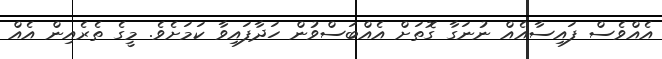
އެއްވެސް ފައިސާއެއް ނުނަގާ ގޮތަށް އެއްބަސްވުން ހަދާފައިވާ ކަމަށެވެ. މީގެ ތެރެއިން އެއް